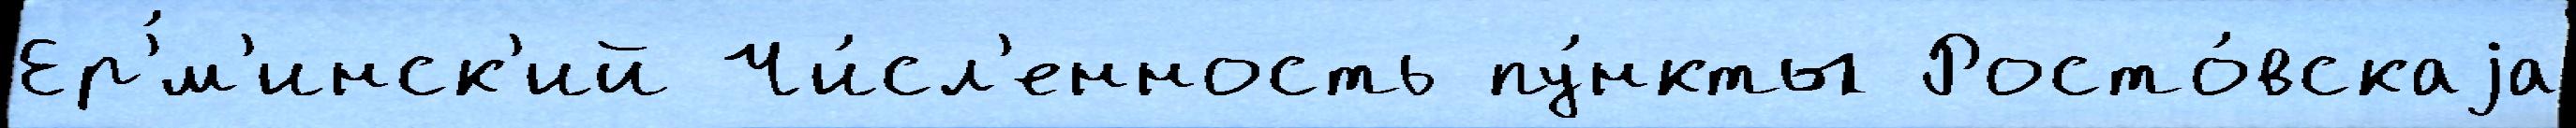
Ер'́м'инск'ий Чи́сл'енность пу́нкты Росто́вскаjа